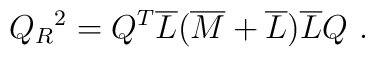
Q_R{}^2=Q^T\overline{L}(\overline{M}+\overline{L})\overline{L}Q\ .